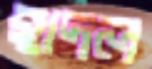
হাদল